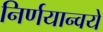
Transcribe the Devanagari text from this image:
निर्णयान्वये